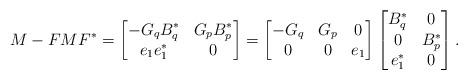
LaTeX: \begin{align*} M - F M F^* =\begin{bmatrix} -G_q B_q^* & G_p B_p^*\\ e_1 e_1^* & 0\end{bmatrix}=\begin{bmatrix} -G_q & G_p & 0\\ 0 & 0 & e_1\end{bmatrix}\begin{bmatrix} B_q^* & 0\\ 0 & B_p^*\\ e_1^* & 0\end{bmatrix}.\end{align*}